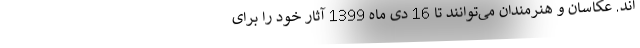
اند. عکاسان و هنرمندان می‌توانند تا 16 دی ماه 1399 آثار خود را برای